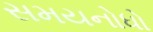
સમયનોધો